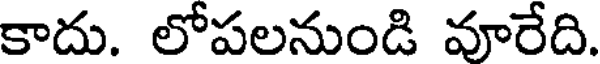
కాదు. లోపలనుండి వూరేది.